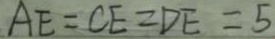
A E = C E = D E = 5